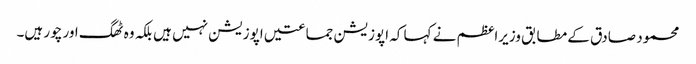
محمود صادق کے مطابق وزیراعظم نے کہا کہ اپوزیشن جماعتیں اپوزیشن نہیں ہیں بلکہ وہ ٹھگ اور چور ہیں۔